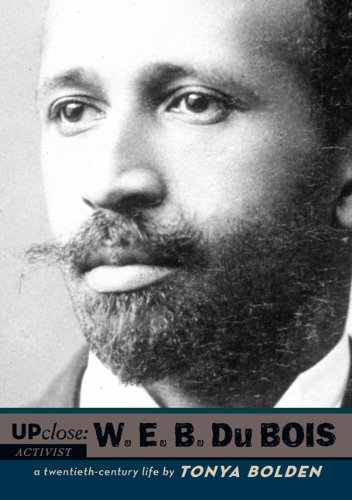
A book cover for W. E. B Du Bois (Up Close); Tonya Bolden; Teen & Young Adult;